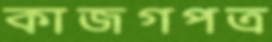
কাজগপত্র